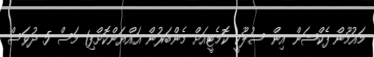
މައުމޫން ފެކްޝަން އިން ސުލޫކީ ކޮމެޓީއަށް މެންބަރުން އައްޔަންކޮށްފި1 މަސް 5 ދުވަސް